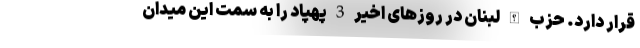
قرار دارد. حزب الله لبنان در روزهای اخیر 3 پهپاد را به سمت این میدان